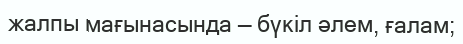
жалпы мағынасында — бүкіл әлем, ғалам;